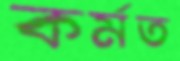
কর্মত